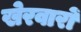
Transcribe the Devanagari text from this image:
खेरवारों